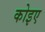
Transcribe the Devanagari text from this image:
कोइए